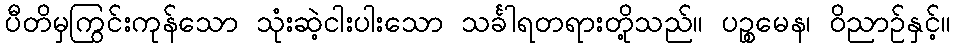
ပီတိမှကြွင်းကုန်သော သုံးဆဲ့ငါးပါးသော သင်္ခါရတရားတို့သည်။ ပဉ္စမေန၊ ဝိညာဉ်နှင့်။